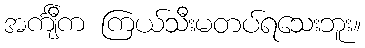
အင်္ကျီက ကြယ်သီးမတပ်ရသေးဘူး။